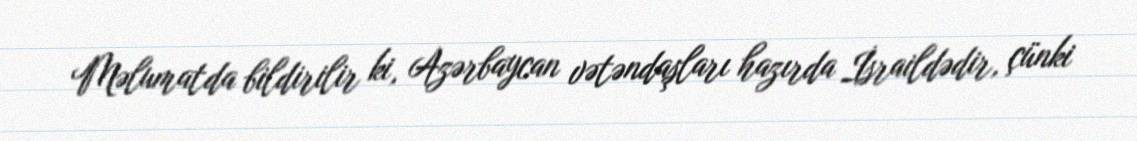
Məlumatda bildirilir ki, Azərbaycan vətəndaşları hazırda İsraildədir, çünki